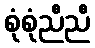
စုံစုံညီညီ